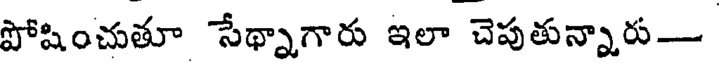
పోషించుతూ సేథ్నాగారు ఇలా చెపుతున్నారు-